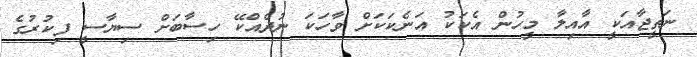
ނަތީޖާއަކީ އާއިލާ މީހުން އެކަކު އަނެކަކަށް ވާހަކަ ނުދެއްކޭ ހިސާބަށް ސިޔާސީ ފިކުރުގެ